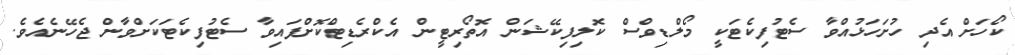
ކޯހަށް އެދި ހުށަހަޅުއްވާ ސެޓުފިކެޓަކީ މޯލްޑިވްސް ކޮލިފިކޭޝަން އޮތޯރިޓީން އެކްރެޑިޓްކޮށްފައިވާ ސެޓުފިކެޓަކަށްވާން ޖެހޭނެއެވެ.